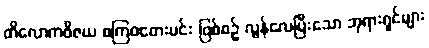
တိလောကဝိဇယ စကြဝတေးမင်း ဖြစ်စဉ် လွန်လေပြီးသော ဘုရားရှင်များ